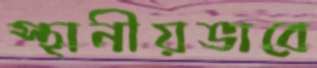
স্থানীয়ভাবে